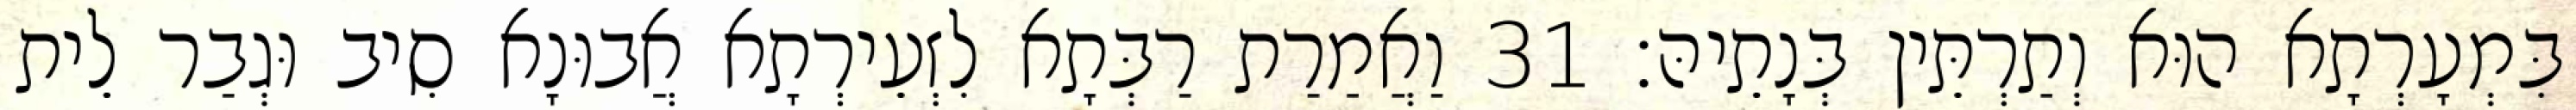
בִּמְעָרְתָא הוּא וְתַרְתֵּין בְּנָתֵיהּ׃ 31 וַאֲמַרַת רַבְּתָא לִזְעֵירְתָא אֲבוּנָא סִיב וּגְבַר לֵית